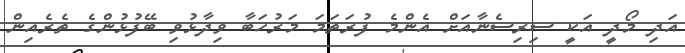
އަދި މޯދީ އަކީ ސިރިސެނާއަށް އެންމެ ފުރަތަމަ މަރުހަބާ ވިދާޅުވި ބޭފުޅުންގެ ތެރެއިން